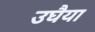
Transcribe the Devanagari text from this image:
उघैया